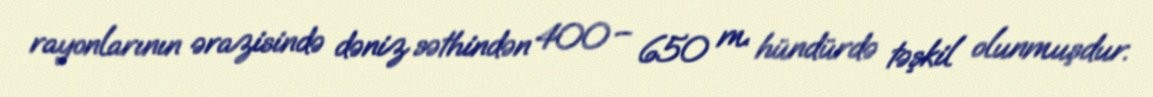
rayonlarının ərazisində dəniz səthindən 400 – 650 m. hündürdə təşkil olunmuşdur.